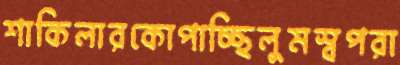
শাকিলারকোপাচ্ছিলুমস্বপরা